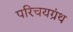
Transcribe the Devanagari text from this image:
परिचयग्रंथ